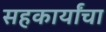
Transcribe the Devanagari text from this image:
सहकार्यांचा